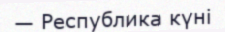
— Республика күні